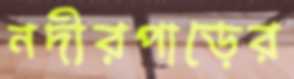
নদীরপাড়ের